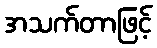
အသက်တာဖြင့်